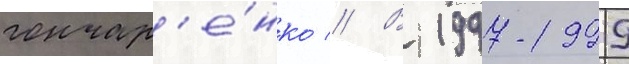
гончар'е́нко // В 1997-1999